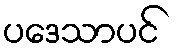
ပဒေသာပင်